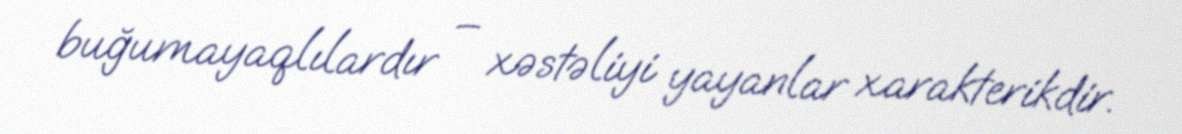
buğumayaqlılardır – xəstəliyi yayanlar xarakterikdir.